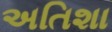
અતિશા